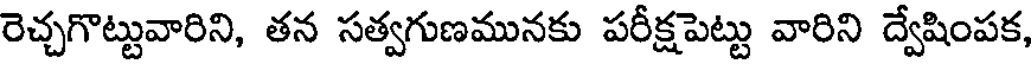
రెచ్చగొట్టువారిని, తన సత్వగుణమునకు పరీక్షపెట్టు వారిని ద్వేషింపక,